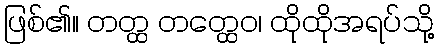
ဖြစ်၏။ တတ္ထ တတ္ထေဝ၊ ထိုထိုအရပ်သို့